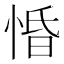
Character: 惛